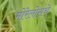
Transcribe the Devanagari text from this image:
मोरेलोसचे